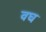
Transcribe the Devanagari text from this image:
वघ